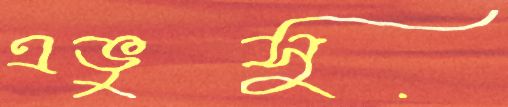
এভুসু